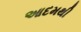
આદમથી